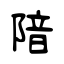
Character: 隌